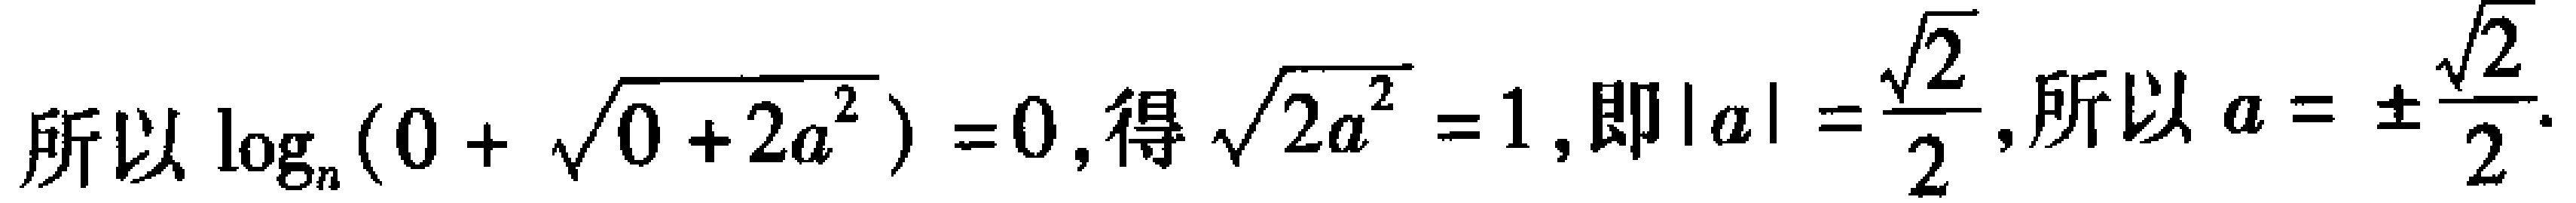
所以\(\log_{n}(0 + \sqrt{0 + 2a^{2}}) = 0\), 得\(\sqrt{2a^{2}} = 1\), 即\(\vert a\vert = \frac{\sqrt{2}}{2}\), 所以\(a = \pm\frac{\sqrt{2}}{2}\).